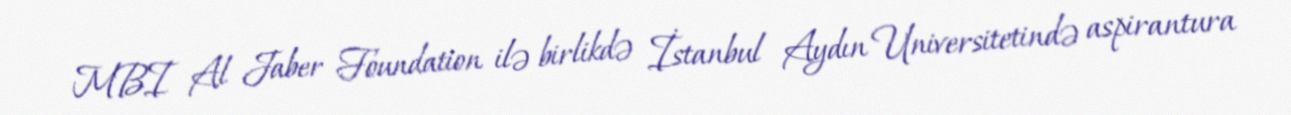
MBI Al Jaber Foundation ilə birlikdə İstanbul Aydın Universitetində aspirantura